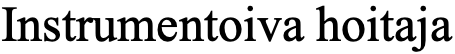
Instrumentoiva hoitaja